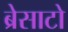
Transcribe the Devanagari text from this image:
ब्रेसाटो